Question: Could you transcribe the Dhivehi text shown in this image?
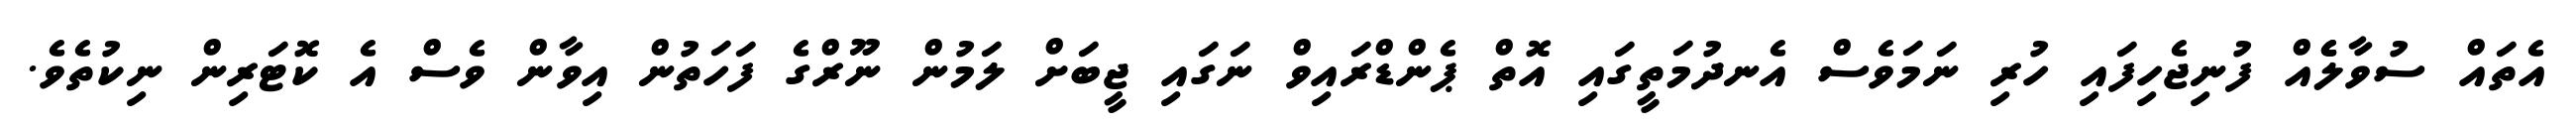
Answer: އެތައް ސުވާލެެއް ފުނިޖެހިފައި ހުރި ނަމަވެސް އެނދުމަތީގައި އޮތް ޕެންޑްރައިވް ނަގައި ޖީބަށް ލަމުން ނޫރްގެ ފަހަތުން އިވާން ވެސް އެ ކޮޓަރިން ނިކުތެވެ.